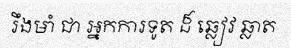
រឹងមាំ ជា អ្នកការទូត ដ៏ ឆ្លៀវ ឆ្លាត